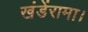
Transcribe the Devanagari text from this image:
खंडेंरामा।